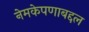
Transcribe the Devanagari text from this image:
नेमकेपणाबद्दल